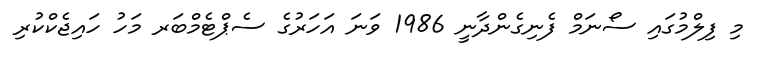
މި ފިލްމުގައި ސޯނަމް ފެނިގެންދާނީ 1986 ވަނަ އަހަރުގެ ސެޕްޓެމްބަރ މަހު ހައިޖެކްކުރި